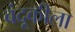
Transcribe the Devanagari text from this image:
बंदूकीला